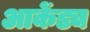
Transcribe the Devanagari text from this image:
आकेंड्य